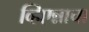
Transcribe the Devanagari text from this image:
व्हिएन्नाचा